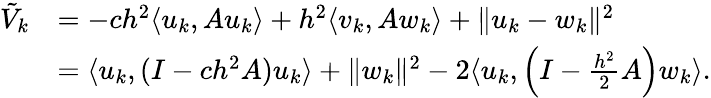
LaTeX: \begin{array}{rl}{\tilde{V}_{k}}&{=-ch^{2}\langle u_{k},Au_{k}\rangle+h^{2}\langle v_{k},Aw_{k}\rangle+\| u_{k}-w_{k}\| ^{2}}\\ &{=\langle u_{k},(I-ch^{2}A)u_{k}\rangle+\| w_{k}\| ^{2}-2\langle u_{k},\left(I-\frac{h^{2}}{2}A\right)w_{k}\rangle.}\end{array}